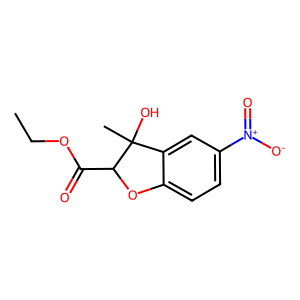
SMILES: CCOC(=O)C1Oc2ccc([N+](=O)[O-])cc2C1(C)O
Inhibits HIV replication: No